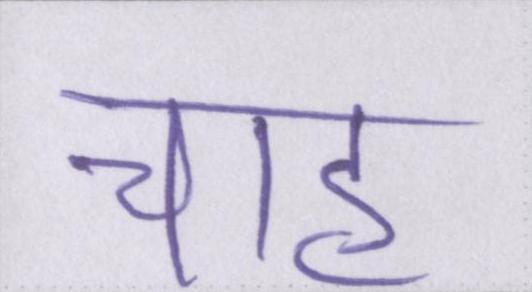
चाह